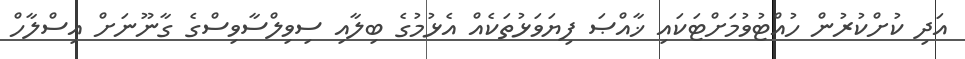
އަދި ކުށްކުރުން ހުއްޓުވުމަށްޓަކައި ޚާއްޞަ ފިޔަވަޅުތަކެއް އެޅުމުގެ ބިލާއި ސިވިލްސާވިސްގެ ގާނޫނަށް އިސްލާހް